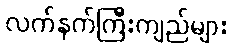
လက်နက်ကြီးကျည်များ